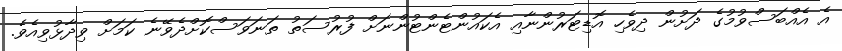
އެ އެއްބަސްވުމުގެ ދަށުން ދިވެހި އޮޑިޓަރުންނާއި އެކައުންޓެންޓުންނަށް ފުރުސަތު ތަނަވަސްކޮށްދެވޭނެ ކަމަށް ވިދާޅުވިއެވެ.